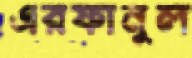
এরফানুল